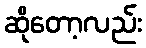
ဆိုတော့လည်း